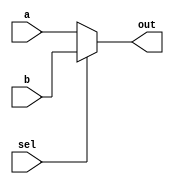
`ifndef MUX
`define MUX

module MUX(
    sel, a, b,
    out
);
    input sel, a, b;
    output reg out;

    always @*
    if(sel == 1'b0) begin
        out = a;
    end else begin
        out = b;
    end

endmodule

`endif